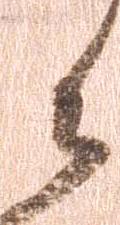
御